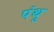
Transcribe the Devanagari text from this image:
पंथु